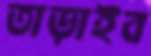
তাড়াইব